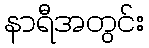
နာရီအတွင်း